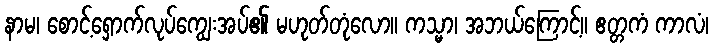
နာမ၊ စောင့်ရှောက်လုပ်ကျွေးအပ်၏ မဟုတ်တုံလော။ ကသ္မာ၊ အဘယ်ကြောင့်။ ဧတ္တကံ ကာလံ၊